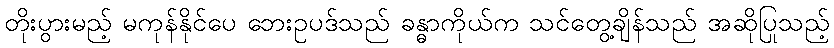
တိုးပွားမည့် မကုန်နိုင်ပေ ဘေးဥပဒ်သည် ခန္ဓာကိုယ်က သင်တွေ့ချိန်သည် အဆိုပြုသည့်